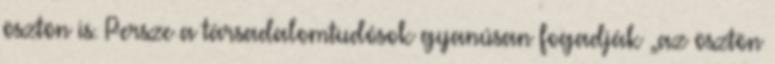
ösztön is. Persze a társadalomtudósok gyanúsan fogadják „az ösztön